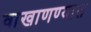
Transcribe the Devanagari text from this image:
वाखाणण्यात